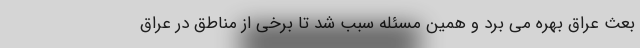
بعث عراق بهره می برد و همین مسئله سبب شد تا برخی از مناطق در عراق